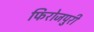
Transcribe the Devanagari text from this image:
फिरोजपुरी